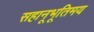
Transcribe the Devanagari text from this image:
सहानूभूतिमय